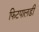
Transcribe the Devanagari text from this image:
फिटपालडी